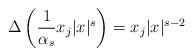
LaTeX: \begin{align*}\Delta \left(\frac{1}{\alpha_{s}}x_{j}|x|^{s}\right)=x_{j}|x|^{s-2}\end{align*}